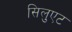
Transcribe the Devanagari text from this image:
सिलुएट